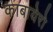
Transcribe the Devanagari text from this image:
काबायेरो